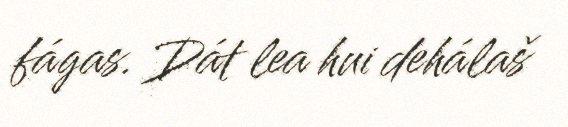
fágas. Dát lea hui dehálaš